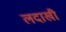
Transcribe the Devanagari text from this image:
लदाखी